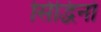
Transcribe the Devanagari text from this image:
सिद्धिनो